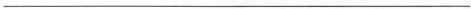
___